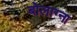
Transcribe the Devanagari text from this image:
बोलाग्ना